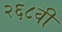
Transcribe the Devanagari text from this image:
२६८वी